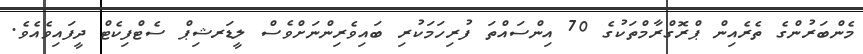
މެންބަރުންގެ ތެރެއިން ޕްރޮގްރާމްތަކުގެ 70 އިންސައްތަ ފުރިހަމަކުރި ބައިވެރިންނަށްވެސް ލީޑަރޝިޕް ސެޓްފިކެޓް ދީފައިވެއެވެ.